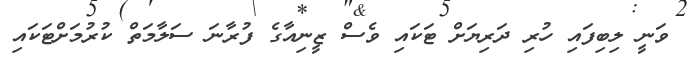
ވަނީ ލިބިފައި ހުރި ދަރިޔަށް ޓަކައި ވެސް ޒީނިއާގެ ފުރާނަ ސަލާމަތް ކުރުމަށްޓަކައި